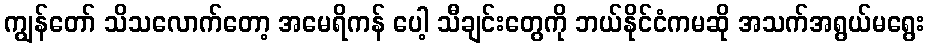
ကျွန်တော် သိသလောက်တော့ အမေရိကန် ပေါ့ သီချင်းတွေကို ဘယ်နိုင်ငံကမဆို အသက်အရွယ်မရွေး